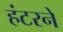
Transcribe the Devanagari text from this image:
हंटरने